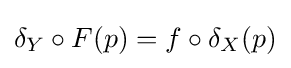
\delta _{Y}\circ F(p)=f\circ \delta _{X}(p)